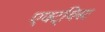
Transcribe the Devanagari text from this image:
एक्ट्विस्ट